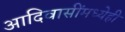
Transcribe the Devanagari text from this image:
आदिवासींमध्येही